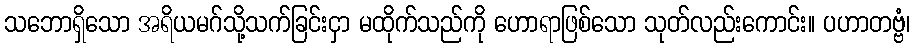
သဘောရှိသော အရိယမဂ်သို့သက်ခြင်းငှာ မထိုက်သည်ကို ဟောရာဖြစ်သော သုတ်လည်းကောင်း။ ပဟာတဗ္ဗံ၊